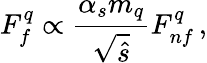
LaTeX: F_{f}^{q}\propto\frac{\alpha_{s}m_{q}}{\sqrt{\hat{s}}}F_{nf}^{q}\, ,